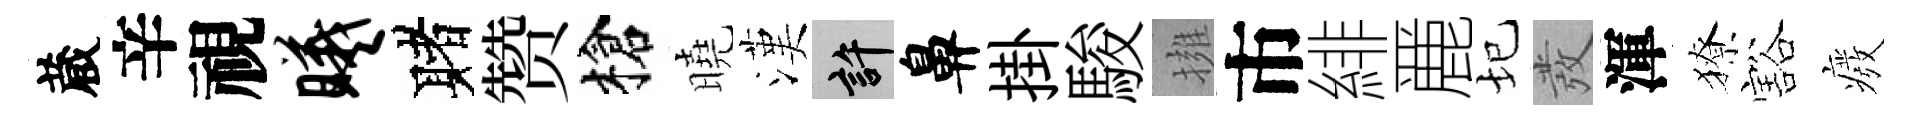
蔵辛視曦赌赞槍曉漢許鼻掛駿擁市緋䴡圮發渾獠豁癈